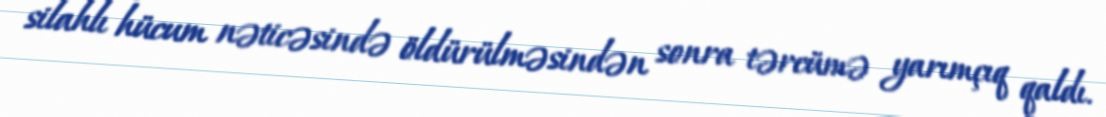
silahlı hücum nəticəsində öldürülməsindən sonra tərcümə yarımçıq qaldı.